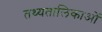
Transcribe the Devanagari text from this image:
तथ्यतालिकाओं